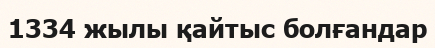
1334 жылы қайтыс болғандар